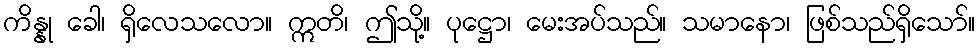
ကိန္နု ခေါ၊ ရှိလေသလော။ ဣတိ၊ ဤသို့။ ပုဋ္ဌော၊ မေးအပ်သည်။ သမာနော၊ ဖြစ်သည်ရှိသော်။